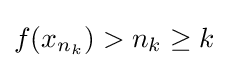
f(x_{{n}_{k}})>n_{k}\geq k